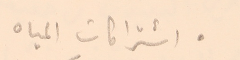
● اشتراكات المياه